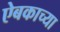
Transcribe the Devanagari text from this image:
ऐबकाच्या